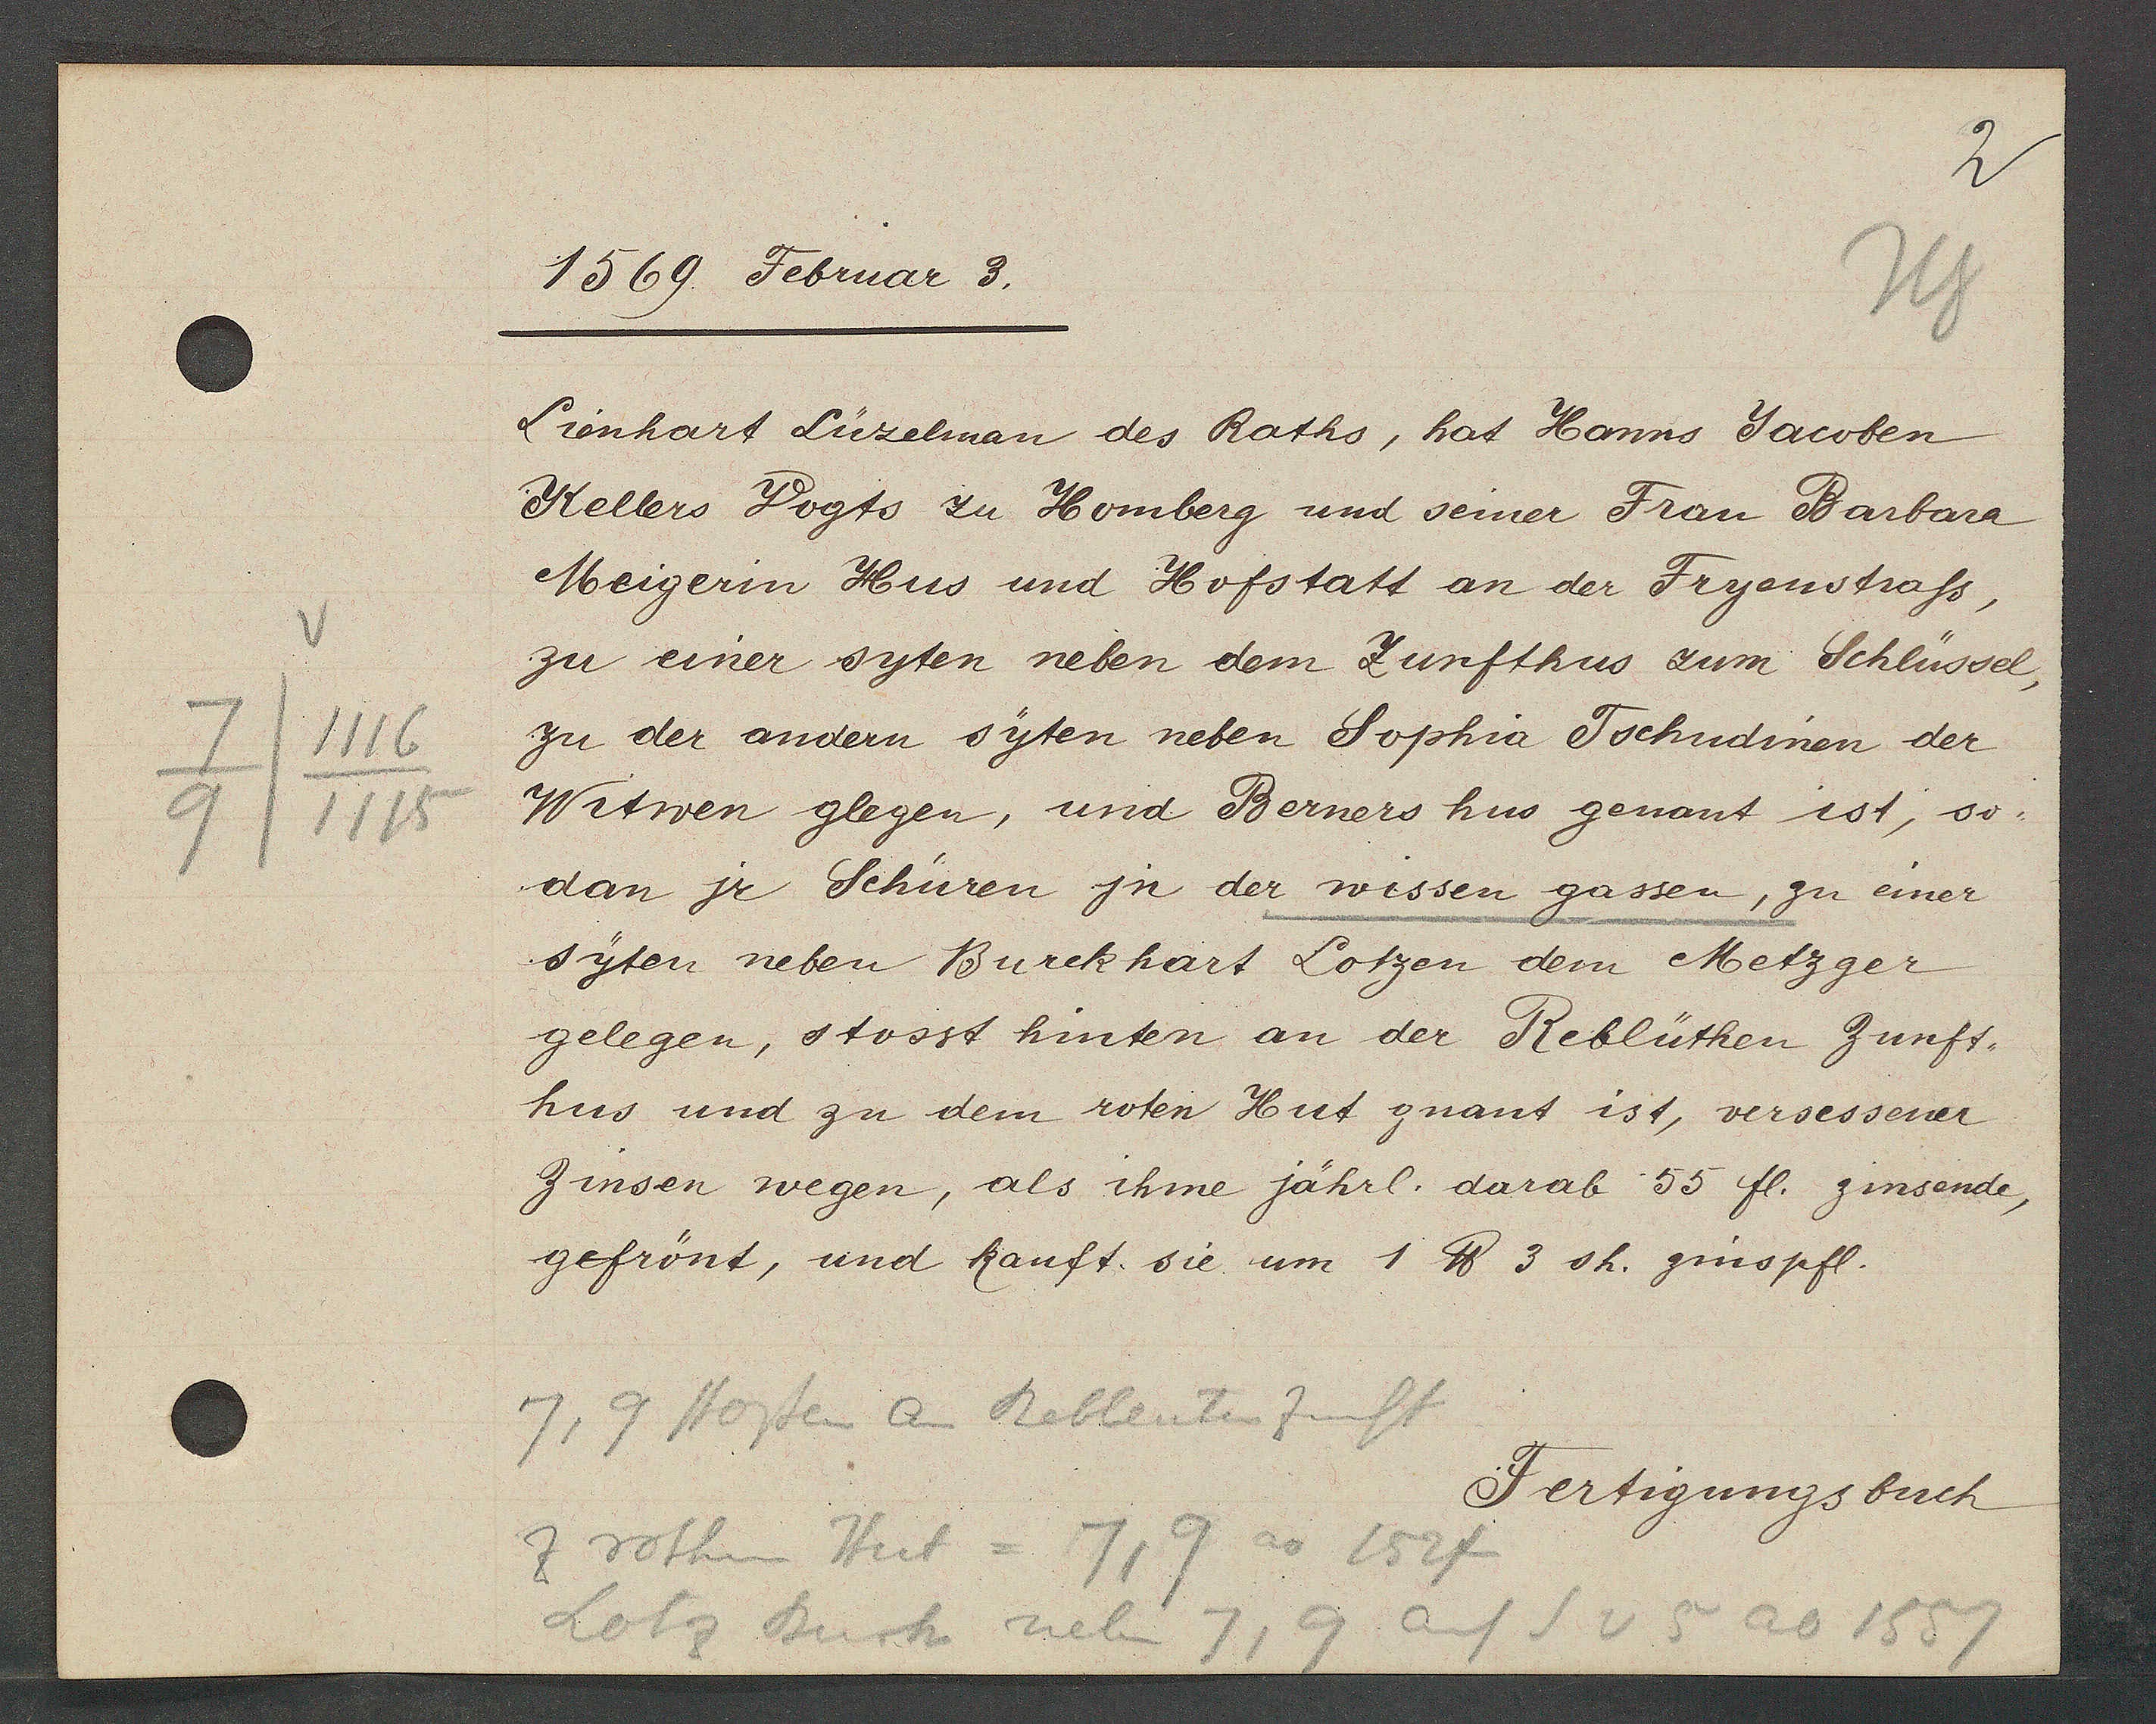
Transcript:
7/1116
9/1115

1569. Februar 3.
Lionhart Lüzelman des Raths, hat Hanns Jacoben
Kellers Vogts zu Homberg und seiner Frau Barbara
Meigerin Hus und Hofstatt an der Fryenstrass,
zu einer syten neben dem Zunfthus zum Schlüssel,
zu der andern syten neben Sophia Tschudinen der
Witwen glegen, und Berners hus genant ist, so
dan jr Schüren jn der wissen gassen, zu einer
syten neben Burckhart Lotzen dem Metzger
gelegen, stosst hinten an der Reblüthen Zunft.
hus und zu dem roten Hut gnant ist, versessener
Zinsen wegen, als ihme jährl. darab 55 fl. zinsende,
gefrönt, und kauft. sie um 1 ℔ 3 sh. zinspfl.

Fertigungsbuch.

7,9 stossen an Rebleuten Zunft
Z rothen Hut = 7,9 ao 1524
Lotz Burk neben 7,9 auf S v 5 ao 1557